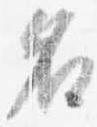
名